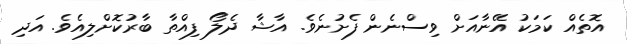
އޮތެއް ކަމަކު އޭނާއަށް ވިސްނެން ފެށުނެވެ. އާޝާ ދެލޯ ފިއްތާ ބާރުކޮށްލިއެވެ. އަދި